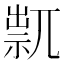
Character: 𥚋